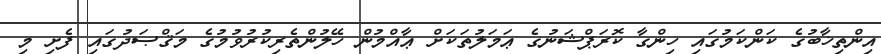
އިންތިޚާބުގެ ކަންކަމުގައި ހިންގާ ކޮރަޕްޝަނުގެ ޢަމަލުތަކަށް ޢާއްމުން ހޭލުންތެރިކުރުވުމުގެ މަޤްޞަދުގައި ފެށި މި